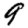
Digit: 9